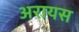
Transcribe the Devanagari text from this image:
अरायस